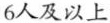
6人及以上